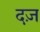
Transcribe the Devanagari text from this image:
दज़